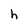
Character: h